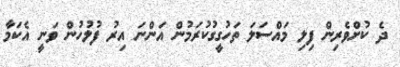
ދެ ކުށްވެރިން ފިލި މައްސަލަ ތަހުގީގުކުރަމުން އަންނަ އިރު ފުލުހުން ވަނީ އެކަމާ